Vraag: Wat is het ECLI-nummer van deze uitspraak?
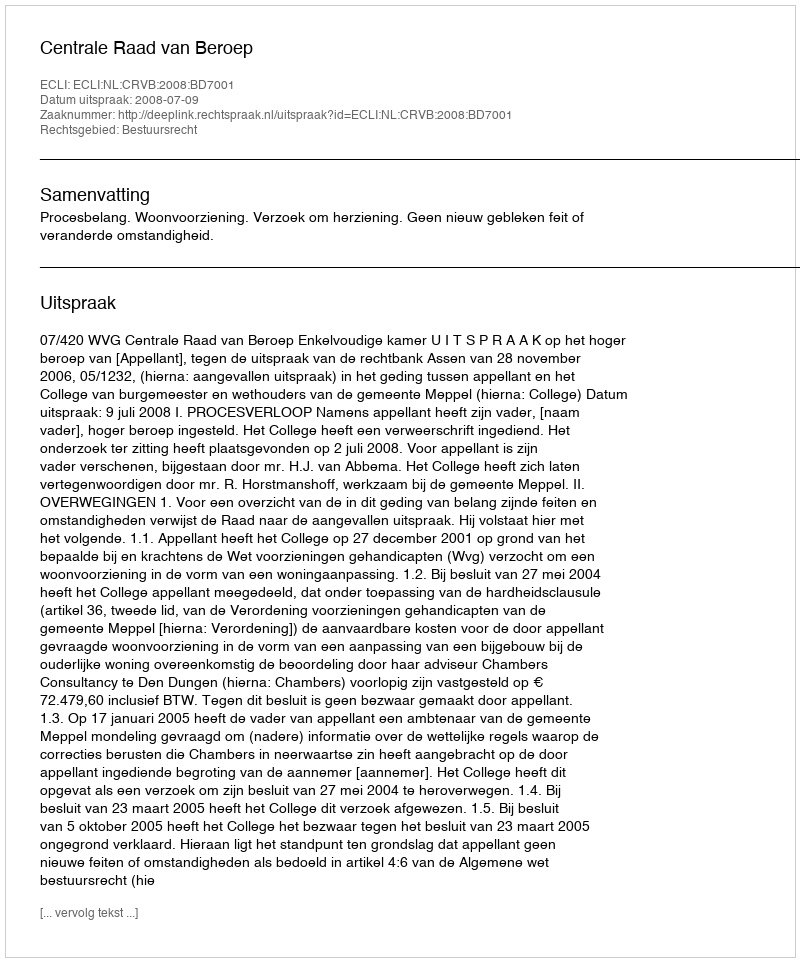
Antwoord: ECLI:NL:CRVB:2008:BD7001